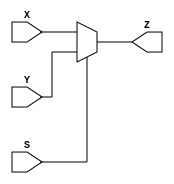
`timescale 1ns / 1ps
`default_nettype none
//////////////////////////////////////////////////////////////////////////////////
// 
// Module Name:    mux_2to1 
// Description: 
//
//////////////////////////////////////////////////////////////////////////////////
module mux_2to1(X, Y, S, Z);
	// parameter definitions
	parameter N = 8;

	//port definitions
	input wire [(N-1):0] X, Y;
	input wire S;

	output wire [(N-1):0] Z;

	//module body
	assign Z = S ? Y : X;
endmodule
`default_nettype wire